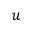
u